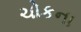
ચોકના